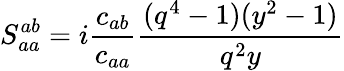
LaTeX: \displaystyle S_{aa}^{ab}=i\frac{c_{ab}}{c_{aa}}\frac{(q^{4}-1)(y^{2}-1)}{q^{2}y}